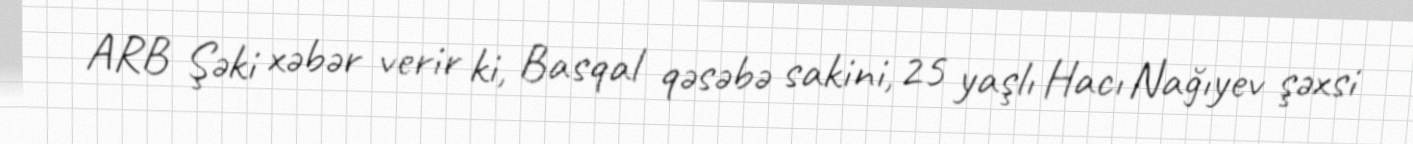
ARB Şəki xəbər verir ki, Basqal qəsəbə sakini, 25 yaşlı Hacı Nağıyev şəxsi